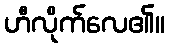
ဟီလိုက်လေ၏။